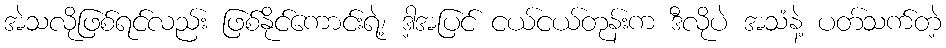
အဲသလိုဖြစ်ရင်လည်း ဖြစ်နိုင်ကောင်းရဲ့၊ ဒါ့အပြင် ငယ်ငယ်တုန်းက ဒီလိုပဲ အသံနဲ့ ပတ်သက်တဲ့